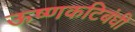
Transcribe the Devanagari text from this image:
ऊष्णकटिबंधी